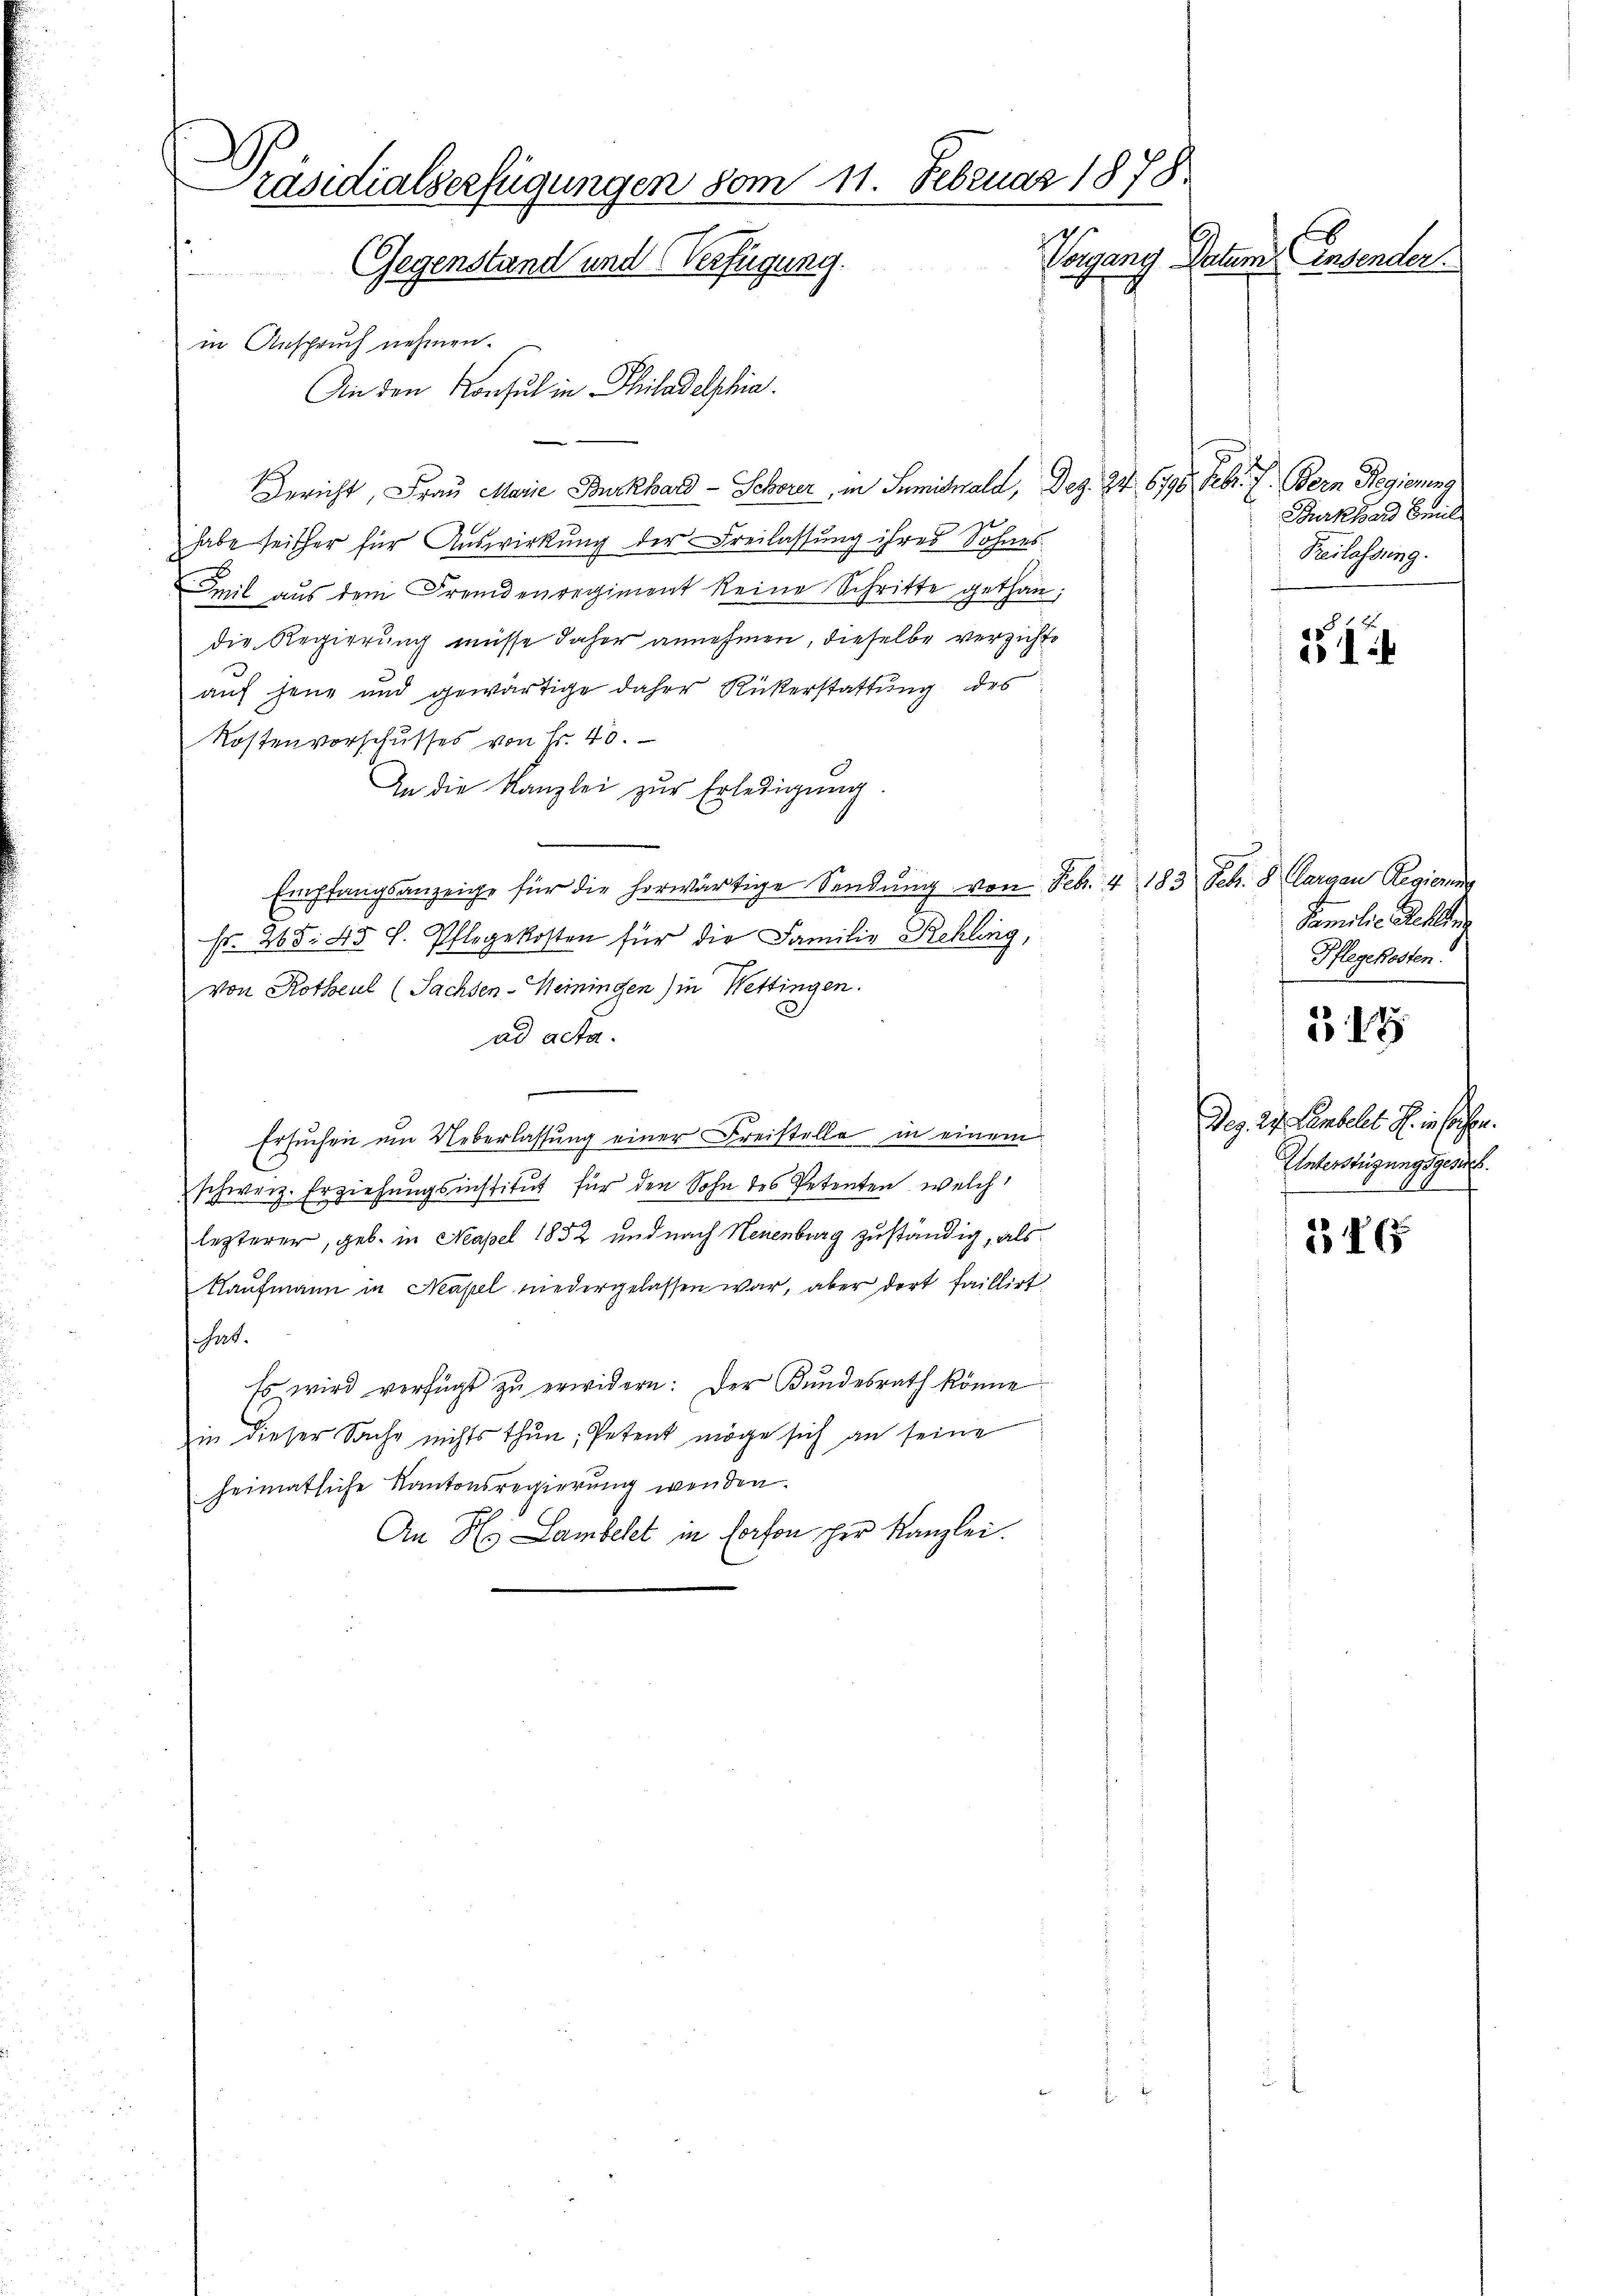
Präsidialserfügungen vom 11. Februar 1878.
Vorgang Datum insender
 Gegenstand und Verfügung.
in Anspruch nehmen.

An den Konsul in Philadelshin.
Gericht, Frau Marie Burkhard - Schwer, in Sumihwald, Dez. 24. 679. Febr. f. Bern Regierung
t
habe seither für Auswirkung der Freilassung ihres Sohnes
Emil aus dem Fremdenregiment keine Schritte gethan;
die Regierung müsse daher annehmen, dieselbe verzichte
auf jene und gewärtige daher Rükerstattung des
Kostenvorschusses von Fr. 40.
In die Kanzlei zur Erledigung.
Empfangsanzeige für die horwärtige Sendŭng von Feb. 4. 183 Febr. 8 (Aargau Regieru
Fr. 265. 45. L. Pflegekosten für die Familie Rekling,
von Rotheil (Sachsen-Weiningen) in Wettingen.
ad acta.
Ersuchen um Ueberlassŭng einer Freistelle in einem
7
schweiz. Erziehungsinstitut für den Sohn des Petenten, welch
lezterer, geb. in Mapel 1852 und nach Neuenburg zuständig, als
Kaufmann in Neapel niedergelassen war, aber dort faillirt
hat.
Es wird verfügt zu erwidern: Der Kundesrath könne.
in dieser Sache nichts thun; Petent möge sich an seine
heimatliche Kantonsregierung wenden.
An H. Lambelt in Person her Kanzlei.

Burkhard Emil
Beilassung.

2

Familie Rechte
Pflegekosten.

318

Dez. 27. Lembell u. in sichen.
Unterstüzungsgesuch.
4

346